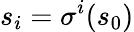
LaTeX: s_{i}=\sigma^{i}(s_{0})